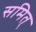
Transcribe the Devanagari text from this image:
समित्